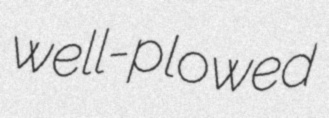
well-plowed